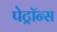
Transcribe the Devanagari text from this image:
पेट्रॉन्स